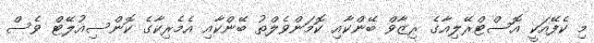
މި ކެފޭއަކީ އޮސްޓްރޭލިއާގެ ރިޒާވް ބޭންކާއި ކޮމަންވެލްތު ބޭންކާއި އެމެރިކާގެ ކޮންސިއުލޭޓް ވެސް